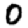
Digit: 0